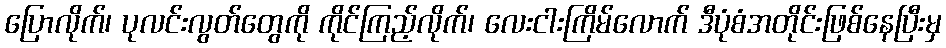
ပြောလိုက်၊ ပုလင်းလွတ်တွေကို ကိုင်ကြည့်လိုက်၊ လေးငါးကြိမ်လောက် ဒီပုံစံအတိုင်းဖြစ်နေပြီးမှ